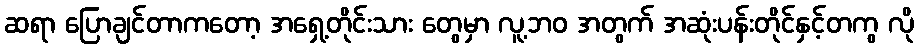
ဆရာ ပြောချင်တာကတော့ အရှေ့တိုင်းသား တွေမှာ လူ့ဘဝ အတွက် အဆုံးပန်းတိုင်နှင့်တကွ လို